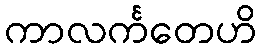
ကာလင်္ကတေဟိ